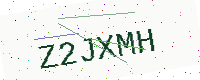
Text: Z2JXMH